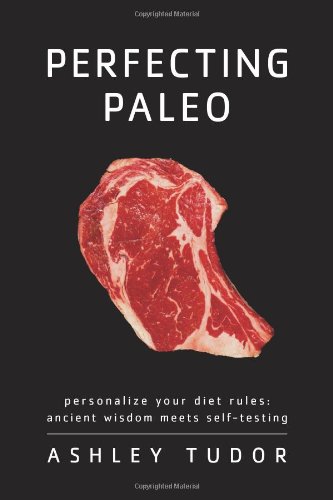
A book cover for Perfecting Paleo: Personalize Your Diet Rules:  Ancient Wisdom Meets Self-Testing; Ashley Tudor; Health, Fitness & Dieting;